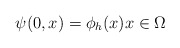
\begin{align*}\psi (0,x)=\phi _{h}(x)x\in \Omega \end{align*}